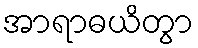
အာရာဓယိတွာ